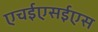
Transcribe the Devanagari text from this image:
एचईएसईएस